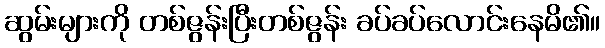
ဆွမ်းများကို တစ်ဇွန်းပြီးတစ်ဇွန်း ခပ်ခပ်လောင်းနေမိ၏။